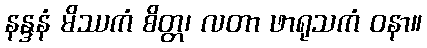
နန္ဒနံ မိဿကံ စိတ္တ၊ လတာ ဖာရုသကံ ဝနာ။